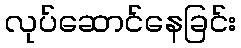
လုပ်ဆောင်နေခြင်း